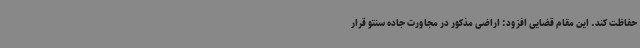
حفاظت کند. این مقام قضایی افزود: اراضی مذکور در مجاورت جاده سنتو قرار